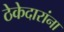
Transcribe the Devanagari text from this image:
ठेकेदारांना